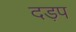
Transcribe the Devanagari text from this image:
दड़प